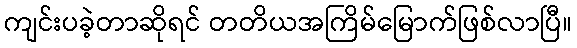
ကျင်းပခဲ့တာဆိုရင် တတိယအကြိမ်မြောက်ဖြစ်လာပြီ။